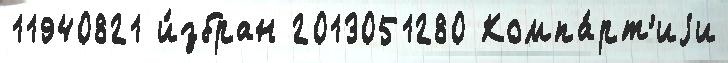
11940821 и́збран 2013051280 Компа́рт'иjи